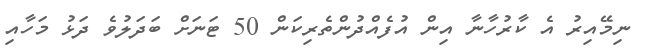
ނިމޭއިރު އެ ކާރުހާނާ އިން އުފެއްދުންތެރިކަން 50 ޓަނަށް ބަދަލުވެ ދަޅު މަހާއި